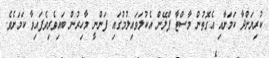
ކުރިޔަށްދާ ކަމަށާއި އެގޮތުން މާސްޓާ ޕްލޭން އެކުލަވައިލުމުގައި ފަންނީ މާހިރުން ބައިވެރިވެފައިވާ ކަމަށެވެ.